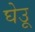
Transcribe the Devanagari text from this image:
घेउू